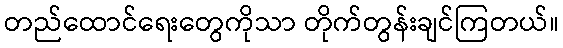
တည်ထောင်ရေးတွေကိုသာ တိုက်တွန်းချင်ကြတယ်။